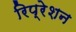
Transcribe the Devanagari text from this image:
रिप्रेशन